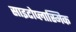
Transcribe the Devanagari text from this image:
साइटोप्लास्मिक